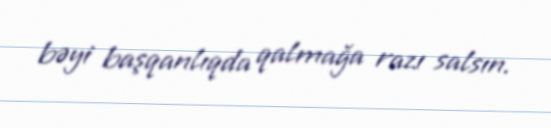
bəyi başqanlıqda qalmağa razı salsın.